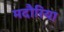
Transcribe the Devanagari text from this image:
मदौरिया